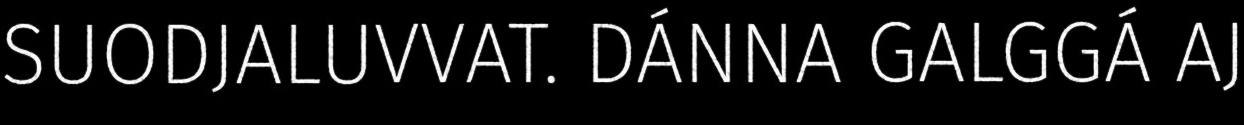
SUODJALUVVAT. DÁNNA GALGGÁ AJ